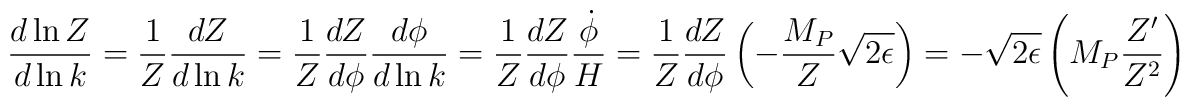
\frac{d \ln Z}{d \ln k} = \frac{1}{Z} \frac{d Z}{d \ln k}= \frac{1}Z \frac{d Z}{d \phi} \frac{d \phi}{d \ln k}= \frac{1}Z \frac{d Z}{d \phi} \frac{\dot{\phi}}{H}=  \frac{1}Z \frac{d Z}{d \phi} \left( - \frac{M_P}{Z} \sqrt{2 \epsilon} \right)= - \sqrt{2 \epsilon} \left( M_P \frac{Z^{\prime}}{Z^2} \right)